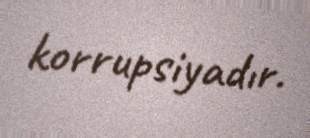
korrupsiyadır.